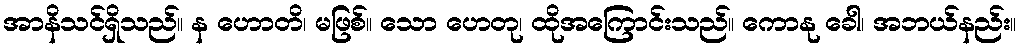
အာနိသင်ရှိသည်။ န ဟောတိ၊ မဖြစ်။ သော ဟေတု၊ ထိုအကြောင်းသည်။ ကောနု ခေါ၊ အဘယ်နည်း။